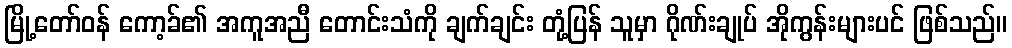
မြို့တော်ဝန် ကော့ခ်၏ အကူအညီ တောင်းသံကို ချက်ချင်း တုံ့ပြန် သူမှာ ဂိုဏ်းချုပ် အိုကွန်းများပင် ဖြစ်သည်။